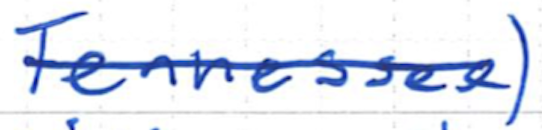
Text: Tennessee)
Cross-out: single-line
Writing tool: ballpoint